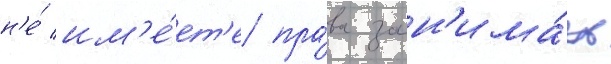
н'е́ им'е́ет'е пра́ва зан'има́ть